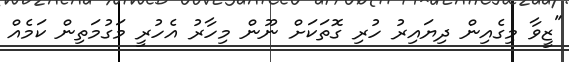
"ޒީވާ މިގެއިން ދިޔައިރު ހުރި ގޮތަކަށް ނޫން މިހާރު އެހުރީ މަގުމަތިން ކަމެއް